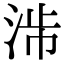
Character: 𣴯